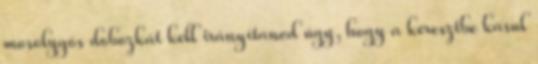
mosolygós dobozkát kell irányítanod úgy, hogy a keresztbe kasul